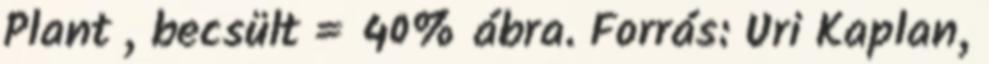
Plant , becsült = 40% ábra. Forrás: Uri Kaplan,